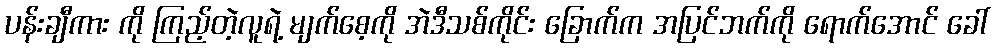
ပန်းချီကား ကို ကြည့်တဲ့လူရဲ့ မျက်စေ့ကို အဲဒီသစ်ကိုင်း ခြောက်က အပြင်ဘက်ကို ရောက်အောင် ခေါ်